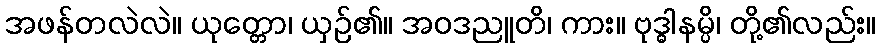
အဖန်တလဲလဲ။ ယုတ္တော၊ ယှဉ်၏။ အဝဒညူတိ၊ ကား။ ဗုဒ္ဓါနမ္ပိ၊ တို့၏လည်း။